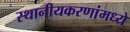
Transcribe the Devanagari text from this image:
स्थानीयकरणांमध्ये